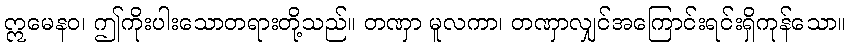
ဣမေနဝ၊ ဤကိုးပါးသောတရားတို့သည်။ တဏှာ မူလကာ၊ တဏှာလျှင်အကြောင်းရင်းရှိကုန်သော။